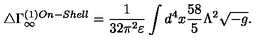
\triangle \Gamma _ { \infty } ^ { ( 1 ) O n - S h e l l } = \frac { 1 } { 3 2 \pi ^ { 2 } \varepsilon } \int d ^ { 4 } x \frac { 5 8 } { 5 } \Lambda ^ { 2 } \sqrt { - g } .